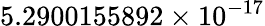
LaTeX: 5.2900155892\times 10^{-17}